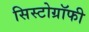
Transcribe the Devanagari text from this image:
सिस्टोग्रॉफी